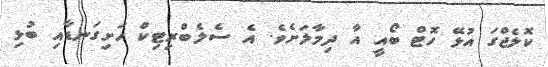
ކޮލެޖްގަ އުޅޭ ހޮޓް ބޯއީ އާ ދިމާލަށެވެ. އެ ސެލެބްރިޓިކް ހަށިގަނޑާއި ބުޅި